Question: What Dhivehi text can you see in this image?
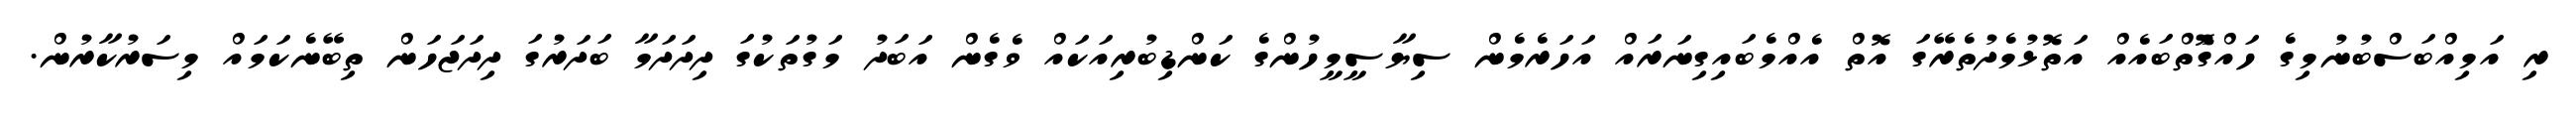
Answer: ރި އަމިއްބަސްބުނުމިގެ ހައްގުޮތްބައެއް އަތޮޅުމެދުތެރޭގަ އޮތް އެއްމެބައިގިނަރައް އަހަރެމެން ސިޔާސީމީހުންގެ ކަންޑިބުރިއަކައް ވެގެން އަބަދު މަގުތަކުގަ ދިދަދަމާ ބަދަރުގަ ދިދަޖަހަން ތިބޭނެކަމައް މިސަރުކާރުން.